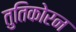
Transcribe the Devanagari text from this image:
तुतिकोरन